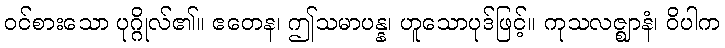
ဝင်စားသော ပုဂ္ဂိုလ်၏။ ဧတေန၊ ဤသမာပန္န၊ ဟူသောပုဒ်ဖြင့်။ ကုသလဇ္ဈာနံ၊ ဝိပါက